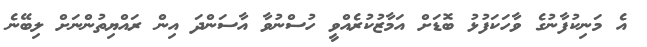
އެ މަނިކުފާނުގެ ވާހަކަފުޅު ބޮޑަށް އަމާޒުކުރެއްވީ ހުސްނުވާ އާސަންދަ އިން ރައްޔިތުންނަށް ލިބޭނެ